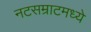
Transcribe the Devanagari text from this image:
नटसम्राटमध्ये